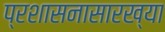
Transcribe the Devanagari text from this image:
प्रशासनासारख्या